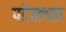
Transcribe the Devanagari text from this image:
पटेलच्या